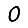
Digit: 0